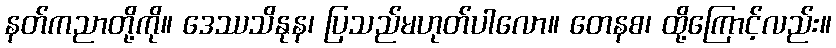
နတ်ကညာတို့ကို။ ဒေဿသိနုန၊ ပြသည်မဟုတ်ပါလော။ တေနစ၊ ထို့ကြောင့်လည်း။